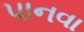
પાનવા